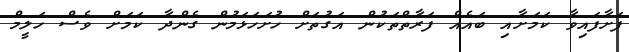
ފަށާފައިވާ ކަމަށާއި ބައެއް ފަރާތްތަކުން އަގުތަށް ހުށަހަޅަމުން ގެންދާ ކަމަށް ވެސް ހަލީމް